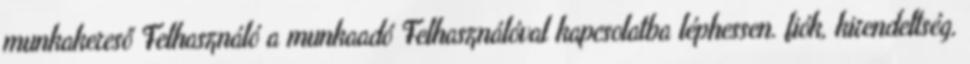
munkakereső Felhasználó a munkaadó Felhasználóval kapcsolatba léphessen. fiók, kirendeltség,